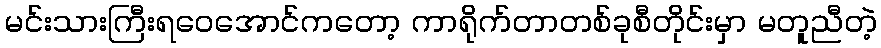
မင်းသားကြီးရဝေအောင်ကတော့ ကာရိုက်တာတစ်ခုစီတိုင်းမှာ မတူညီတဲ့